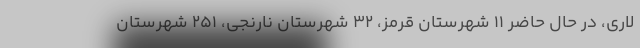
لاری، در حال حاضر ۱۱ شهرستان قرمز، ۳۲ شهرستان نارنجی، ۲۵۱ شهرستان